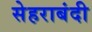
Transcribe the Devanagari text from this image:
सेहराबंदी